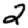
Digit: 2